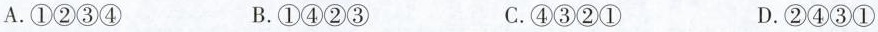
A.①②③④ B.①④②③ C.④③②① D.②④③①